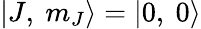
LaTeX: |J,\ m_{J}\rangle=|0,\ 0\rangle